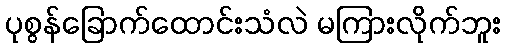
ပုစွန်ခြောက်ထောင်းသံလဲ မကြားလိုက်ဘူး